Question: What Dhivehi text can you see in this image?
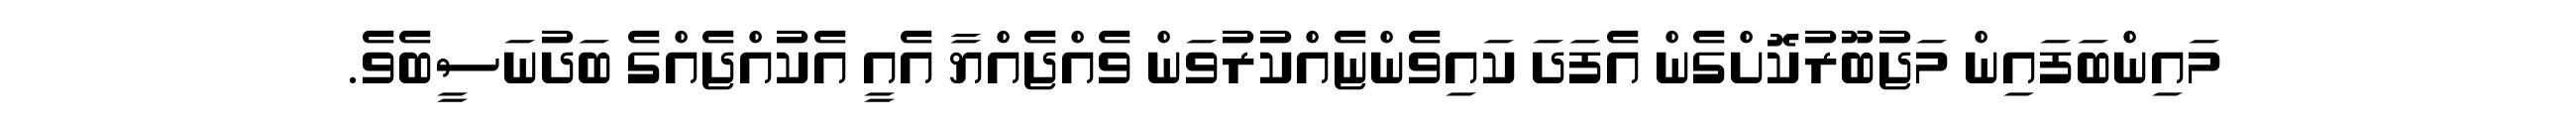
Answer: މައިންބަފައިން މަޖުބޫރުކޮށްގެން އެފަދަ ކައިވެންޏެއްކުރުވަން ވެއްޖެއްޔާ އެއީ އެކުއްޖެއްގެ ބަދުނަސީބެވެ.